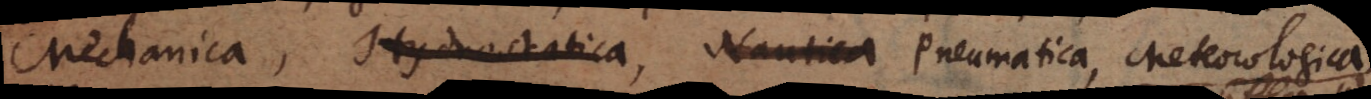
Mechanica, Pneumatica, Meteorologica,